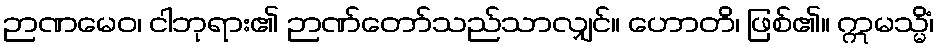
ဉာဏမေဝ၊ ငါဘုရား၏ ဉာဏ်တော်သည်သာလျှင်။ ဟောတိ၊ ဖြစ်၏။ ဣမသ္မိံ၊